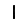
Digit: 1